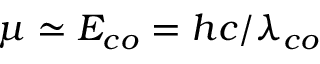
\mu \simeq E _ { c o } = h c / \lambda _ { c o }